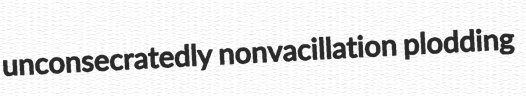
unconsecratedly nonvacillation plodding